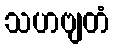
သဟဗျတံ